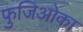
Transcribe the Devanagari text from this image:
फुजिओका